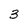
Character: 3